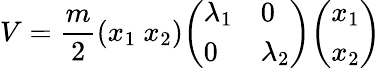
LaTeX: V={\frac{m}{2}}{\left(\begin{array}{l}{x_{1}\ x_{2}}\end{array}\right)}{\left(\begin{array}{ll}{\lambda_{1}}&{0}\\ {0}&{\lambda_{2}}\end{array}\right)}{\left(\begin{array}{l}{x_{1}}\\ {x_{2}}\end{array}\right)}